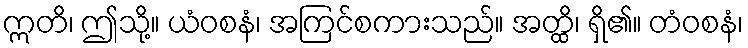
ဣတိ၊ ဤသို့။ ယံဝစနံ၊ အကြင်စကားသည်။ အတ္ထိ၊ ရှိ၏။ တံဝစနံ၊